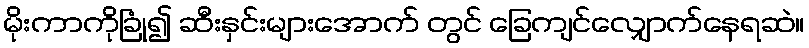
မိုးကာကိုခြုံ၍ ဆီးနှင်းများအောက် တွင် ခြေကျင်လျှောက်နေရဆဲ။